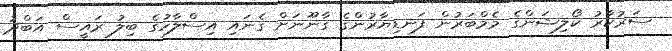
ސަރުކާރު ކޯލިޝަންގެ މެމްބަރުން ފަނޑިޔާރުންގެ ގާނޫނަށް ގެނައި އިސްލާހުގެ ބިލު ރައީސް އަބްދު